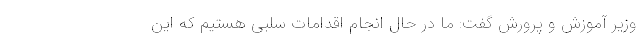
وزیر آموزش و پرورش گفت: ما در حال انجام اقدامات سلبی هستیم که این